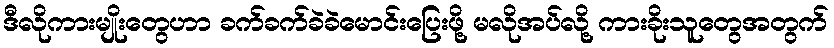
ဒီလိုကားမျိုးတွေဟာ ခက်ခက်ခဲခဲမောင်းပြေးဖို့ မလိုအပ်လို့ ကားခိုးသူတွေအတွက်